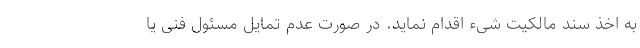
به اخذ سند مالکیت شیء اقدام نماید. در صورت عدم تمایل مسئول فنی یا